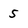
Character: 5